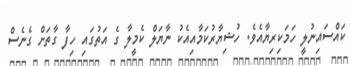
ކައްސައިނުލީ ހަމަކިރިޔާއެވެ. ހުޝިޔާރުކަމާއިއެކު ނާޔަލް ކެމީލާ ގެ އަތުގައި ހިފާ ގާތަށް ގެނެސް